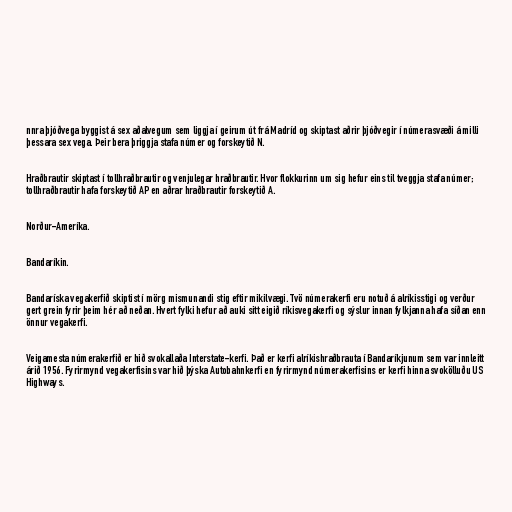
nnra þjóðvega byggist á sex aðalvegum sem liggja í geirum út frá Madríd og skiptast aðrir þjóðvegir í númerasvæði á milli
þessara sex vega. Þeir bera þriggja stafa númer og forskeytið N.

Hraðbrautir skiptast í tollhraðbrautir og venjulegar hraðbrautir. Hvor flokkurinn um sig hefur eins til tveggja stafa númer;
tollhraðbrautir hafa forskeytið AP en aðrar hraðbrautir forskeytið A.

Norður-Ameríka.

Bandaríkin.

Bandaríska vegakerfið skiptist í mörg mismunandi stig eftir mikilvægi. Tvö númerakerfi eru notuð á alríkisstigi og verður
gert grein fyrir þeim hér að neðan. Hvert fylki hefur að auki sitt eigið ríkisvegakerfi og sýslur innan fylkjanna hafa síðan enn
önnur vegakerfi.

Veigamesta númerakerfið er hið svokallaða Interstate-kerfi. Það er kerfi alríkishraðbrauta í Bandaríkjunum sem var innleitt
árið 1956. Fyrirmynd vegakerfisins var hið þýska Autobahnkerfi en fyrirmynd númerakerfisins er kerfi hinna svokölluðu US
Highways.